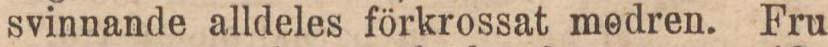
svinnande alldeles förkrossat modren. Fru